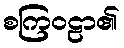
စကြဝဠာ၏